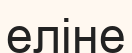
еліне